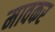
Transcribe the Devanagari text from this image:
मावकर